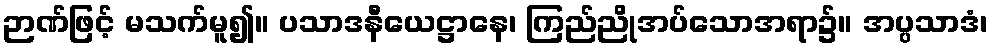
ဉာဏ်ဖြင့် မသက်မူ၍။ ပသာဒနီယေဋ္ဌာနေ၊ ကြည်ညိုအပ်သောအရာ၌။ အပ္ပသာဒံ၊